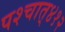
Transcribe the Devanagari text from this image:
पश्‍चात्‌४१२